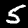
Digit: 5